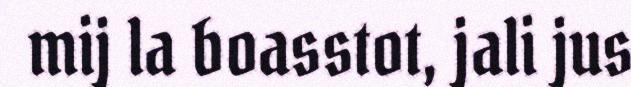
mij la boasstot, jali jus